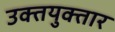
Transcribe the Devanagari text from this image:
उक्तयुक्तार